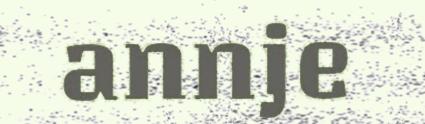
annje